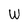
Character: w